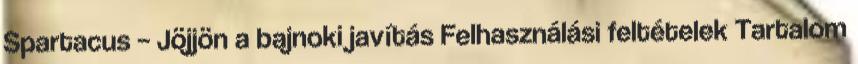
Spartacus – Jöjjön a bajnoki javítás Felhasználási feltételek Tartalom